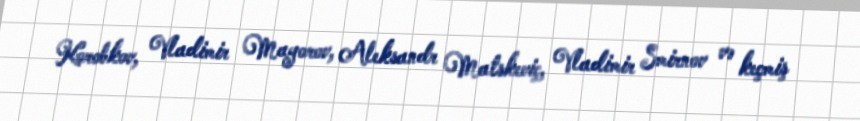
Korobkov, Vladimir Mayorov, Aleksandr Matskeviç, Vladimir Smirnov və keçmiş